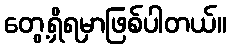
တွေ့ရှိရမှာဖြစ်ပါတယ်။